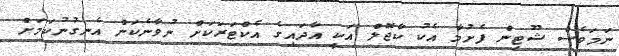
ނަމަވެސް ޝޫޓިން ފެށުމާ އެކު ކާޖޮލް އަކީ އާދައިގެ އެކްޓަރަކަށް ނުވާނެކަން އެނގުނުކަމަށް